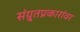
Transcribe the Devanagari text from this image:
संग्र्र्तप्रकारांवर